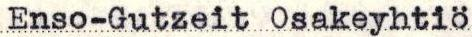
Enso-Gutzeit Osakeyhtiö